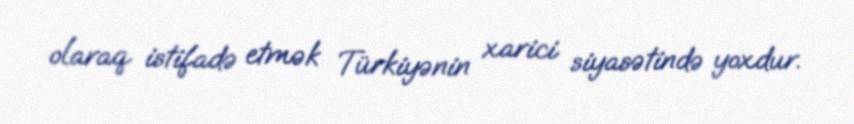
olaraq istifadə etmək Türkiyənin xarici siyasətində yoxdur.